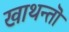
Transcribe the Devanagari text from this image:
खाथन्तॊ